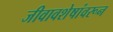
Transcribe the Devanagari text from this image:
जीवावशेषांवरून